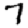
Digit: 7